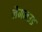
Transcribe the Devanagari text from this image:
लैमनउड